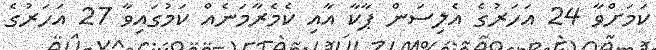
ކަމަށްވާ 24 އަހަރުގެ އެލިސަން ޕާކާ އާއި ކެމެރާމަނެއް ކަމުގައިވާ 27 އަހަރުގެ